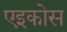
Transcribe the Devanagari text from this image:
एइकोस